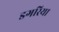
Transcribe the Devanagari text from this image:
डगरिया